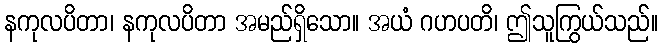
နကုလပိတာ၊ နကုလပိတာ အမည်ရှိသော။ အယံ ဂဟပတိ၊ ဤသူကြွယ်သည်။